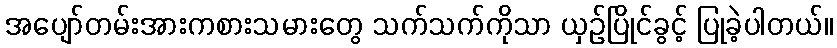
အပျော်တမ်းအားကစားသမားတွေ သက်သက်ကိုသာ ယှဉ်ပြိုင်ခွင့် ပြုခဲ့ပါတယ်။